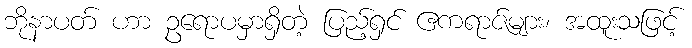
ဘိုနာပတ် ဟာ ဥရောပမှာရှိတဲ့ ပြည့်ရှင် ဧကရာဇ်များ၊ အထူးသဖြင့်